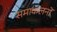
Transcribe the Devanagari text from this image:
समाकलनों